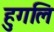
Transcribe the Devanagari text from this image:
हुगलि